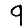
Digit: 9